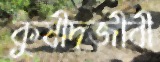
কুষীদজীবী